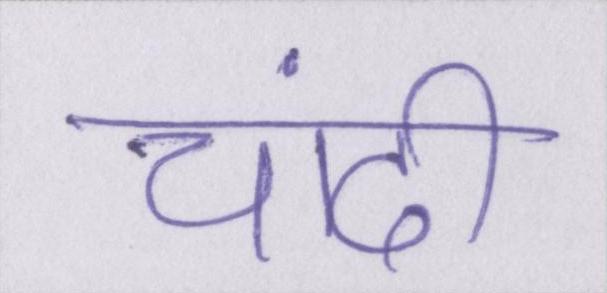
चांदी